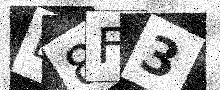
Text: E8F3